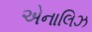
એનાલિઝ